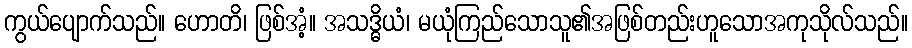
ကွယ်ပျောက်သည်။ ဟောတိ၊ ဖြစ်အံ့။ အသဒ္ဓိယံ၊ မယုံကြည်သောသူ၏အဖြစ်တည်းဟူသောအကုသိုလ်သည်။